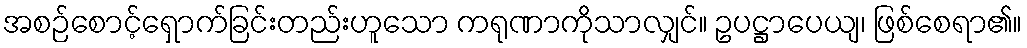
အစဉ်စောင့်ရှောက်ခြင်းတည်းဟူသော ကရုဏာကိုသာလျှင်။ ဥပဋ္ဌာပေယျ၊ ဖြစ်စေရာ၏။